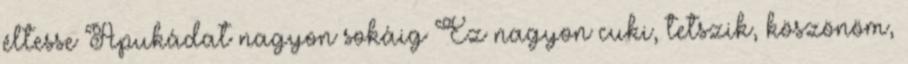
éltesse Apukádat nagyon sokáig Ez nagyon cuki, tetszik, köszönöm,